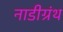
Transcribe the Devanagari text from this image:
नाडीग्रंथ